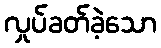
လှုပ်ခတ်ခဲ့သော